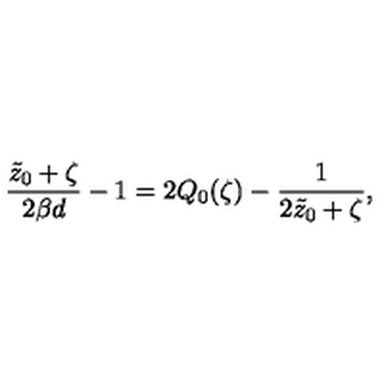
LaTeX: { \frac { \tilde { z } _ { 0 } + \zeta } { 2 \beta d } } - 1 = 2 Q _ { 0 } ( \zeta ) - { \frac { 1 } { 2 \tilde { z } _ { 0 } + \zeta } } ,